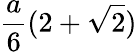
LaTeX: {\frac{a}{6}}(2+{\sqrt{2}})